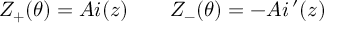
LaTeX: Z _ { + } ( \theta ) = A i ( z ) \qquad Z _ { - } ( \theta ) = - A i \, ^ { \prime } ( z )